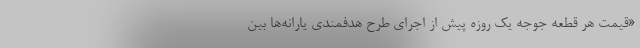
«قیمت هر قطعه جوجه یک روزه پیش از اجرای طرح هدفمندی یارانه‌ها بین